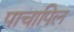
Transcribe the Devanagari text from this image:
पाचापिल